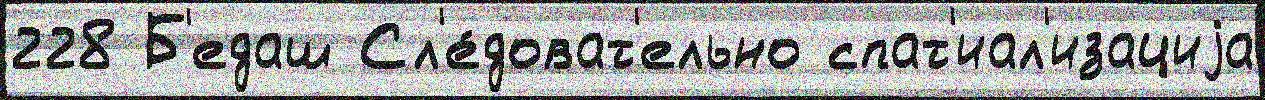
228 Б'едаш Сл'е́доват'ельно спат'иал'изациjа